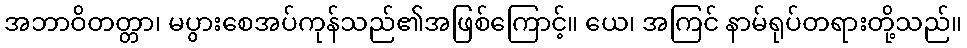
အဘာဝိတတ္တာ၊ မပွားစေအပ်ကုန်သည်၏အဖြစ်ကြောင့်။ ယေ၊ အကြင် နာမ်ရုပ်တရားတို့သည်။